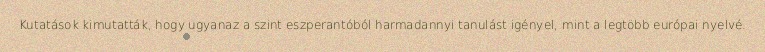
Kutatások kimutatták, hogy ugyanaz a szint eszperantóból harmadannyi tanulást igényel, mint a legtöbb európai nyelvé.